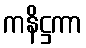
ကနိဋ္ဌကာ